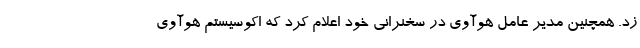
زد. همچنین مدیر عامل هوآوی در سخنرانی خود اعلام کرد که اکوسیستم هوآوی